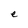
Character: e